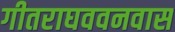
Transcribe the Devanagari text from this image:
गीतराघववनवास